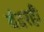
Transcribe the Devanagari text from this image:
बंदरही